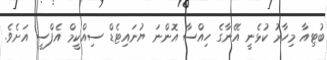
ބުޓިއާ މިހާރު ކުޅެނީ އޭނާގެ ހިއްސާ އޮންނަ ޔުނައިޓެޑް ސިއްކީމް އެފްސީ އަށެވެ.